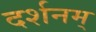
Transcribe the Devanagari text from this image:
दर्शनम्‌